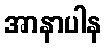
အာနာပါန